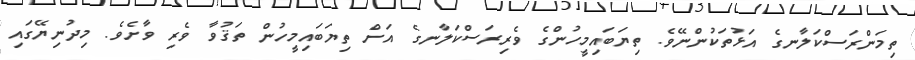
ތިމަންރަސްކަލާނގެ އަޅުތަކުންނޭވެ. ތިޔަބައިމީހުންގެ ވެރިރަސްކަލާނގެ އަށް ތިޔަބައިމީހުން ތަޤުވާ ވެރި ވާށެވެ. މިދުނިޔޭގައި